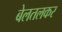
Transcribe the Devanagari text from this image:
बेलतलकर